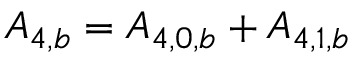
{ A _ { 4 , b } } = { A _ { 4 , 0 , b } } + { A _ { 4 , 1 , b } }